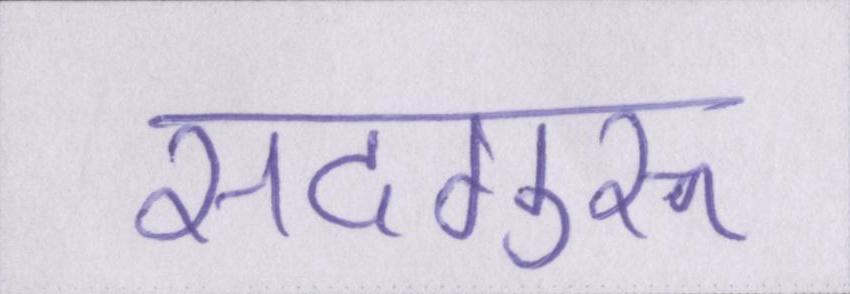
सदगुरू